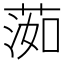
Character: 𦵙